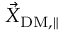
\vec { X } _ { \mathrm { D M , \parallel } }